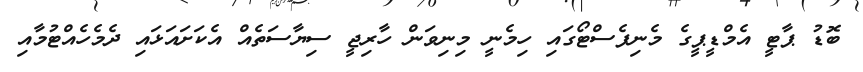
ބޮޑު ޕާޓީ އެމްޑީޕީގެ މެނިފެސްޓޯގައި ހިމެނީ މިނިވަން ހާރިޖީ ސިޔާސަތެއް އެކަށައަޅައި ދެމެހެއްޓުމާއި